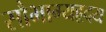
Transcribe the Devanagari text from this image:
सौभाग्यहृदय